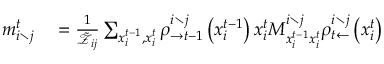
\begin{array} { r l } { m _ { i \setminus j } ^ { t } } & { { } = \frac { 1 } { \tilde { \mathcal { Z } } _ { i j } } \sum _ { x _ { i } ^ { t - 1 } , x _ { i } ^ { t } } \rho _ { \rightarrow t - 1 } ^ { i \setminus j } \left( x _ { i } ^ { t - 1 } \right) x _ { i } ^ { t } M _ { x _ { i } ^ { t - 1 } x _ { i } ^ { t } } ^ { i \setminus j } \rho _ { t \leftarrow } ^ { i \setminus j } \left( x _ { i } ^ { t } \right) } \end{array}